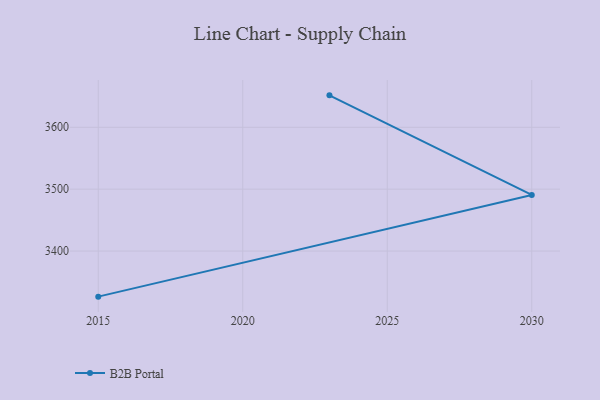
{"axis": {"x": "Year", "y": "Latency (ms)"}, "legend": ["B2B Portal"], "data": [{"x": "2023", "y": 3651.6, "type": "B2B Portal"}, {"x": "2030", "y": 3490.7, "type": "B2B Portal"}, {"x": "2015", "y": 3326.3, "type": "B2B Portal"}]}